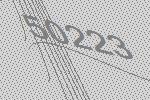
50223